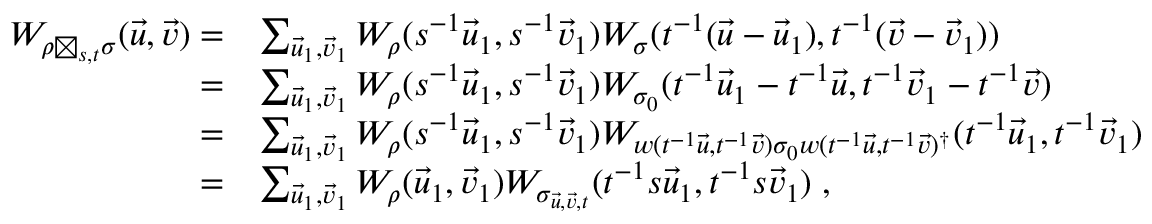
\begin{array} { r l } { W _ { \rho \boxtimes _ { s , t } \sigma } ( \vec { u } , \vec { v } ) = } & { \sum _ { \vec { u } _ { 1 } , \vec { v } _ { 1 } } W _ { \rho } ( s ^ { - 1 } \vec { u } _ { 1 } , s ^ { - 1 } \vec { v } _ { 1 } ) W _ { \sigma } ( t ^ { - 1 } ( \vec { u } - \vec { u } _ { 1 } ) , t ^ { - 1 } ( \vec { v } - \vec { v } _ { 1 } ) ) } \\ { = } & { \sum _ { \vec { u } _ { 1 } , \vec { v } _ { 1 } } W _ { \rho } ( s ^ { - 1 } \vec { u } _ { 1 } , s ^ { - 1 } \vec { v } _ { 1 } ) W _ { \sigma _ { 0 } } ( t ^ { - 1 } \vec { u } _ { 1 } - t ^ { - 1 } \vec { u } , t ^ { - 1 } \vec { v } _ { 1 } - t ^ { - 1 } \vec { v } ) } \\ { = } & { \sum _ { \vec { u } _ { 1 } , \vec { v } _ { 1 } } W _ { \rho } ( s ^ { - 1 } \vec { u } _ { 1 } , s ^ { - 1 } \vec { v } _ { 1 } ) W _ { w ( t ^ { - 1 } \vec { u } , t ^ { - 1 } \vec { v } ) \sigma _ { 0 } w ( t ^ { - 1 } \vec { u } , t ^ { - 1 } \vec { v } ) ^ { \dag } } ( t ^ { - 1 } \vec { u } _ { 1 } , t ^ { - 1 } \vec { v } _ { 1 } ) } \\ { = } & { \sum _ { \vec { u } _ { 1 } , \vec { v } _ { 1 } } W _ { \rho } ( \vec { u } _ { 1 } , \vec { v } _ { 1 } ) W _ { \sigma _ { \vec { u } , \vec { v } , t } } ( t ^ { - 1 } s \vec { u } _ { 1 } , t ^ { - 1 } s \vec { v } _ { 1 } ) \; , } \end{array}